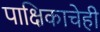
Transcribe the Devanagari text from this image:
पाक्षिकाचेही